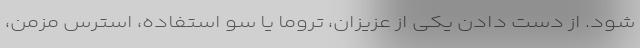
شود. از دست دادن یکی از عزیزان، تروما یا سو استفاده، استرس مزمن،